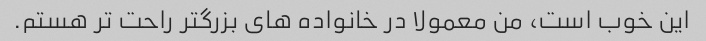
این خوب است، من معمولا در خانواده های بزرگتر راحت تر هستم.